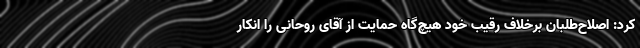
کرد: اصلاح‌طلبان برخلاف رقیب خود هیچ‌گاه حمایت از آقای روحانی را انکار